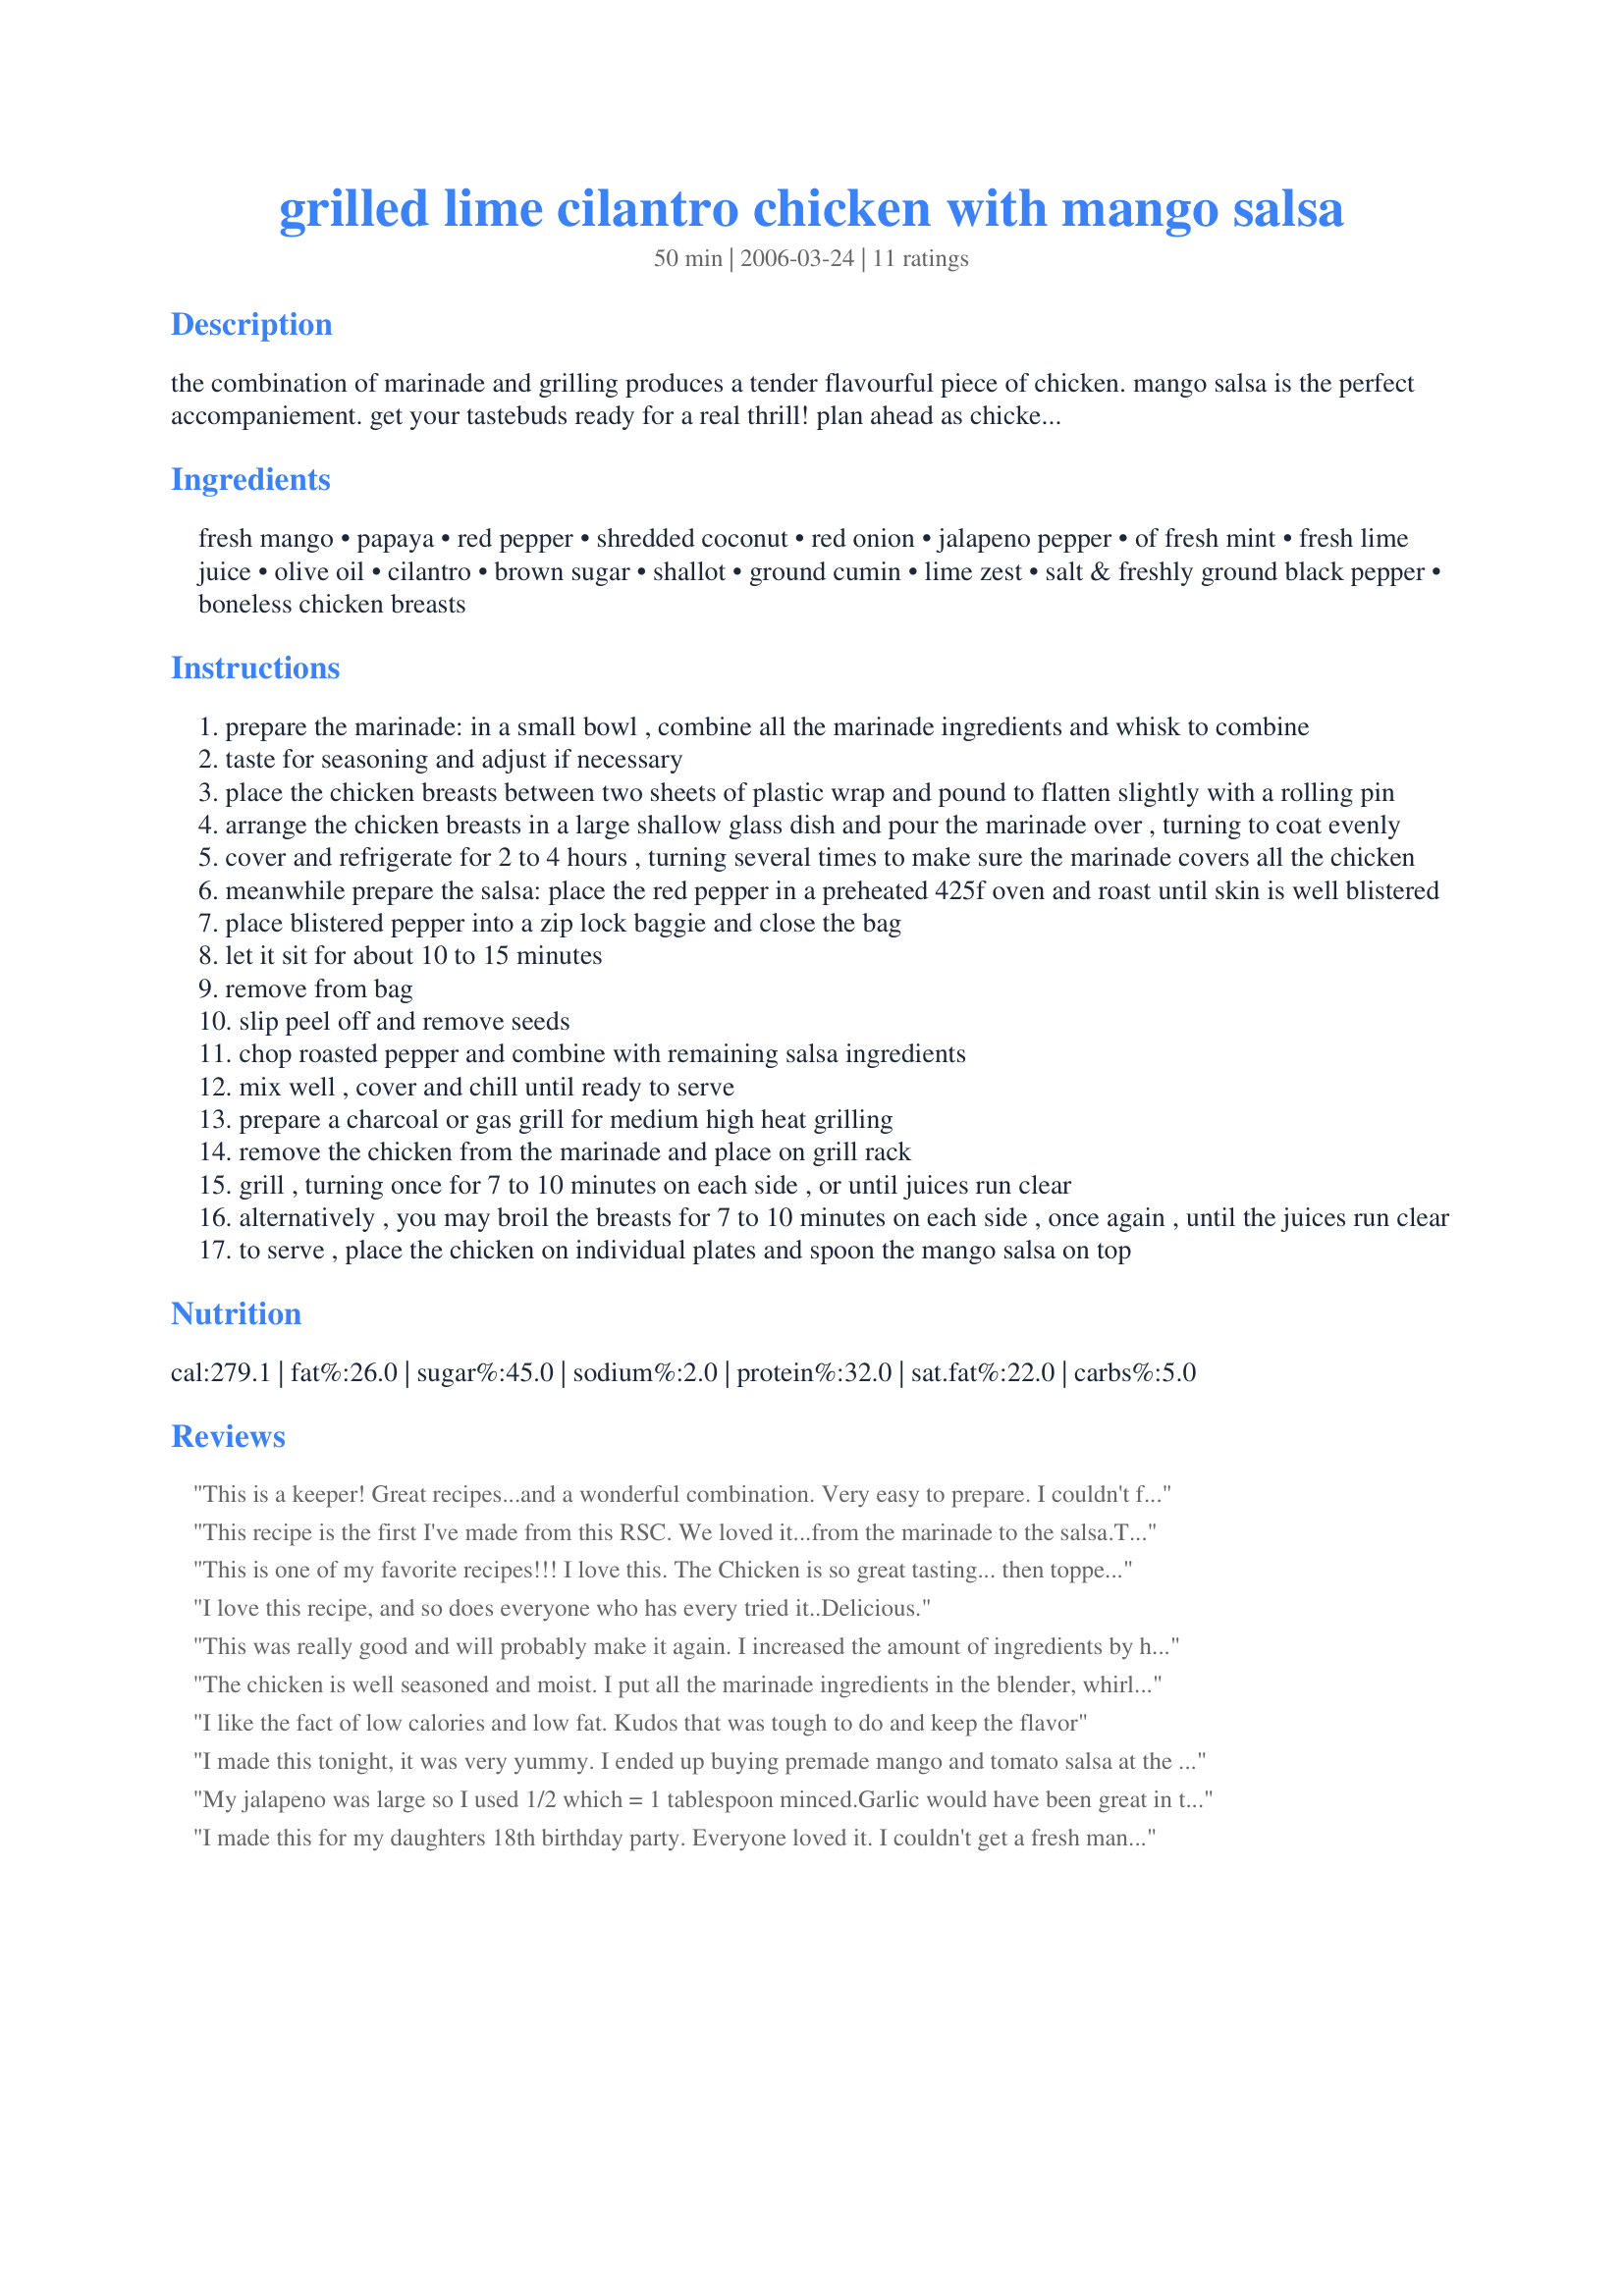
grilled lime cilantro chicken with mango salsa
Preparation time: 50 minutes

the combination of marinade and grilling produces a tender flavourful piece of chicken. mango salsa is the perfect accompaniement. get your tastebuds ready for a real thrill! plan ahead as chicken needs to marinate for 2 to 4 hours. this is not reflected in the prep times.

Ingredients:
fresh mango, papaya, red pepper, shredded coconut, red onion, jalapeno pepper, of fresh mint, fresh lime juice, olive oil, cilantro, brown sugar, shallot, ground cumin, lime zest, salt & freshly ground black pepper, boneless chicken breasts

Steps:
prepare the marinade: in a small bowl , combine all the marinade ingredients and whisk to combine
taste for seasoning and adjust if necessary
place the chicken breasts between two sheets of plastic wrap and pound to flatten slightly with a rolling pin
arrange the chicken breasts in a large shallow glass dish and pour the marinade over , turning to coat evenly
cover and refrigerate for 2 to 4 hours , turning several times to make sure the marinade covers all the chicken
meanwhile prepare the salsa: place the red pepper in a preheated 425f oven and roast until skin is well blistered
place blistered pepper into a zip lock baggie and close the bag
let it sit for about 10 to 15 minutes
remove from bag
slip peel off and remove seeds
chop roasted pepper and combine with remaining salsa ingredients
mix well , cover and chill until ready to serve
prepare a charcoal or gas grill for medium high heat grilling
remove the chicken from the marinade and place on grill rack
grill , turning once for 7 to 10 minutes on each side , or until juices run clear
alternatively , you may broil the breasts for 7 to 10 minutes on each side , once again , until the juices run clear
to serve , place the chicken on individual plates and spoon the mango salsa on top

Reviews:
This is a keeper! Great recipes...and a wonderful combination. Very easy to prepare. I couldn't find any papaya (surprisingly), so I replaced with Guava. Guava took more work cleaning all the seeds out, and was sweeter; but worked as a good substitute.
This recipe is the first I've made from this RSC. We loved it...from the marinade to the salsa.The marinade gives the chicken a real boost in flavour, we loved the lime and coriander flavours. The salsa is outstanding,it tastes every bit as good as it looks...and it looks so great!! The recipe is well written, the instructions are clear and concise. 
Congratulations for creating such a wonderful dish!! 

This is one of my favorite recipes!!! I love this. The Chicken is so great tasting... then topped with that Salsa. WOW.

I did have to make a few changes to the salsa. I didn't have Papaya so I used a diced Roman tomato. I increase the Mango 1/2 cup and added a garlic clove. Thanks for sharing this
I love this recipe, and so does everyone who has every tried it..Delicious.
This was really good and will probably make it again. I increased the amount of ingredients by half except for the pepper, I used a yellow one and didn't have quite enough jalapeno that could have made the difference, but next time I may add a garlic clove to the salsa for a little more kick. The chicken was delicious, I used breasts bone-in, I might add a few red pepper flakes next time we like spicy food! I also used almost a full bunch of cilantro. Thanks for a different spin on chicken!
The chicken is well seasoned and moist. I put all the marinade ingredients in the blender, whirled it a few seconds and then poured it over the chicken. I think I would have liked this much better it if had some zip either by adding some cayenne pepper to the marinade or adding an additional jalapeno to the salsa. Good luck in the contest. :)
I like the fact of low calories and low fat. Kudos that was tough to do and keep the flavor
I made this tonight, it was very yummy. I ended up buying premade mango and tomato salsa at the grocery store. The chicken was juicy and tasy. I will definitely make it again!
My jalapeno was large so I used 1/2 which = 1 tablespoon minced.Garlic would have been great in this. I use`d 5 1/2 pounds chicken. I found 7 minutes to long per side to grill. Should have been 4-5 minutes per side. The salsa was very tasty and refreshing would have liked more lime juice in it and a pinch of salt and pepper. The coconut could have been cut back too. The marinade was right on. I marinated for 1 hour. Thanks for sending me to the Carribean!
I made this for my daughters 18th birthday party. Everyone loved it. I couldn't get a fresh mango because of the christmas rush on fresh produce here so I used canned mangos. It was still amazing. I loved the addition of the coconut, it just made it seem even more exotic. My daughter loved the salsa so much she and a friend ate the leftovers for their midnight snack. I will definately be making this again. So good for a low fat meal!!!!
My son and I love to cook together (he's 14y.o.). We had a blast making this dish together and our company was most impressed with such a tasty and colorful meal. We'll be looking for more recipes from this chef. Thanks for sharing!
